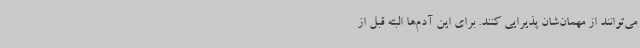
می‌توانند از مهمان‌شان پذیرایی کنند. برای این آدم‌ها البته قبل از